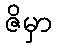
ဇိမှာ